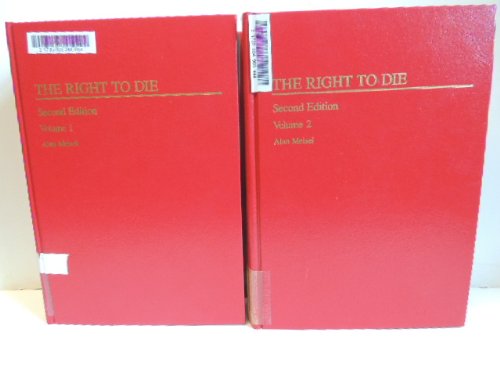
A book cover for The Right to Die: Annually (Medico-Legal Library); Alan Meisel; Law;